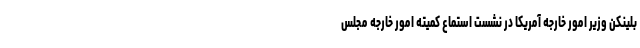
بلینکن وزیر امور خارجه آمریکا در نشست استماع کمیته امور خارجه مجلس